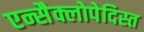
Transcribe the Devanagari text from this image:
एन्सैक्लोपेदिस्त